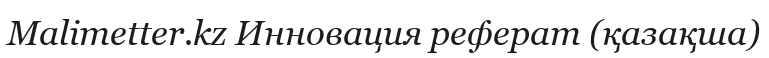
Malimetter.kz Инновация реферат (қазақша)